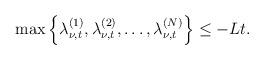
LaTeX: \begin{align*}\max\Big\{\lambda_{\nu,t}^{(1)},\lambda_{\nu,t}^{(2)},\dots,\lambda_{\nu,t}^{(N)}\Big\}\leq-Lt.\end{align*}